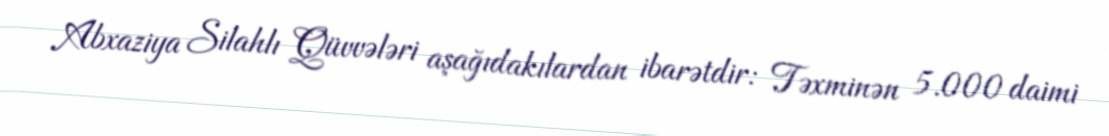
Abxaziya Silahlı Qüvvələri aşağıdakılardan ibarətdir: Təxminən 5.000 daimi